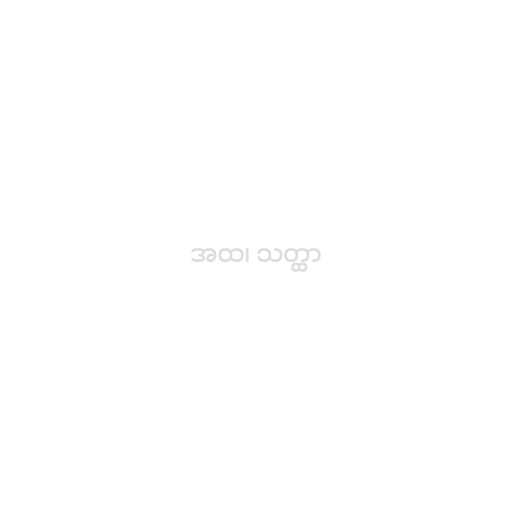
အထ၊ သတ္ထာ